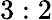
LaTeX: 3:2